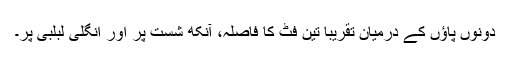
دونوں پاؤں کے درمیان تقریباً تین فٹ کا فاصلہ، آنکھ شست پر اور انگلی لبلبی پر۔